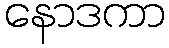
နောဒကာ